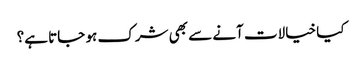
کیا خیالات آنے سے بھی شرک ہو جاتا ہے؟